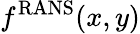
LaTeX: f^{\scriptstyle\mathrm{RANS}}(x,y)